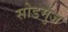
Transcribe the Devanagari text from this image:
सोडमुंज